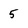
Character: 5